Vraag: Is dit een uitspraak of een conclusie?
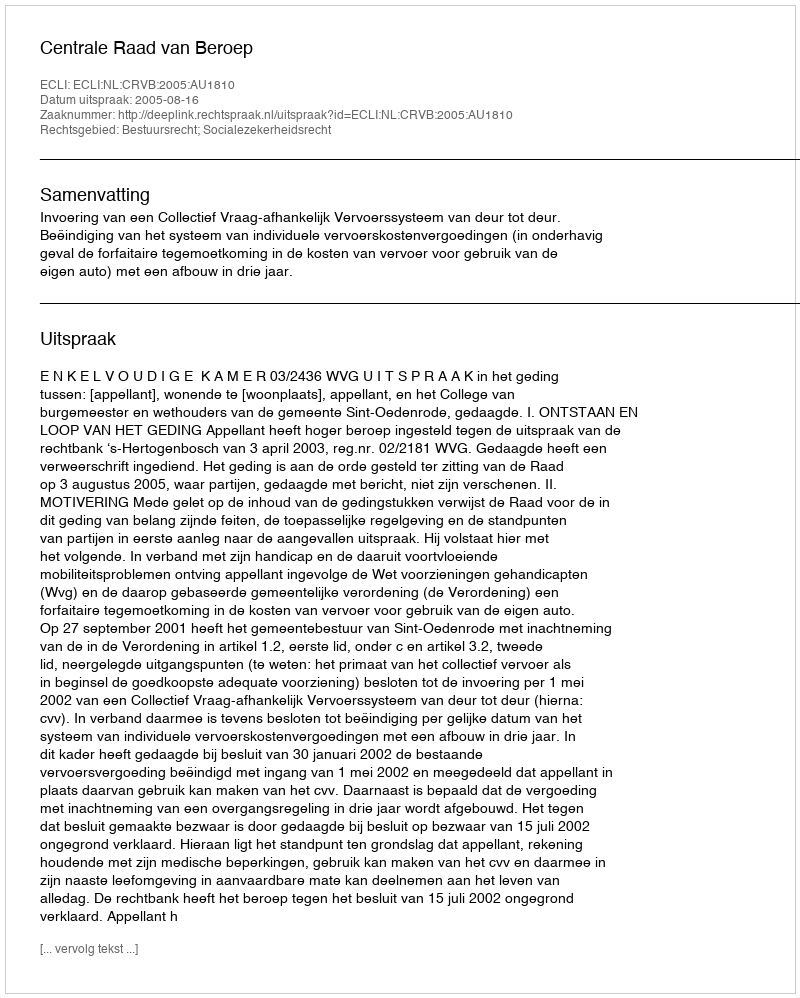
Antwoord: Uitspraak